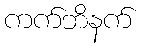
ကက်ဘိနက်